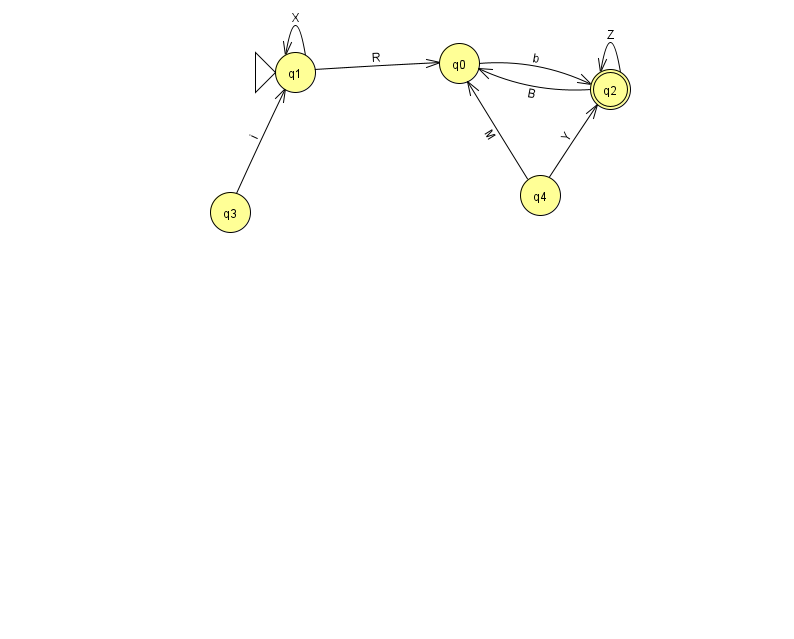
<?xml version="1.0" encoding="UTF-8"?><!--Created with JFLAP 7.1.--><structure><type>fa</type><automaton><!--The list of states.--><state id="0" name="q0"><x>459.0</x><y>50.0</y></state><state id="1" name="q1"><x>295.0</x><y>59.0</y><initial/></state><state id="2" name="q2"><x>610.0</x><y>76.0</y><final/></state><state id="3" name="q3"><x>230.0</x><y>199.0</y></state><state id="4" name="q4"><x>540.0</x><y>182.0</y></state><!--The list of transitions.--><transition><from>0</from><to>2</to><read>b</read></transition><transition><from>2</from><to>0</to><read>B</read></transition><transition><from>4</from><to>0</to><read>M</read></transition><transition><from>1</from><to>0</to><read>R</read></transition><transition><from>4</from><to>2</to><read>Y</read></transition><transition><from>1</from><to>1</to><read>X</read></transition><transition><from>2</from><to>2</to><read>Z</read></transition><transition><from>3</from><to>1</to><read>i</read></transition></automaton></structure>